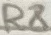
Text: R8